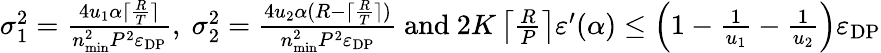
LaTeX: \begin{array}{r}{\sigma_{1}^{2}=\frac{4u_{1}\alpha\lceil\frac{R}{T}\rceil}{n_{\mathrm{min}}^{2}P^{2}\varepsilon_{\mathrm{DP}}}\mathrm{,~}\sigma_{2}^{2}=\frac{4u_{2}\alpha(R-\lceil\frac{R}{T}\rceil)}{n_{\mathrm{min}}^{2}P^{2}\varepsilon_{\mathrm{DP}}}\mathrm{~and~}2K\left\lceil\frac{R}{P}\right\rceil\varepsilon^{\prime}(\alpha)\leq\left(1-\frac{1}{u_{1}}-\frac{1}{u_{2}}\right)\varepsilon_{\mathrm{DP}}}\end{array}